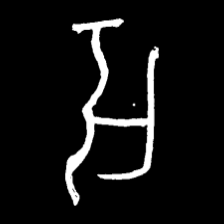
Pyu character \u2014 Myanmar letter: အ (romanized: a)